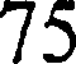
75